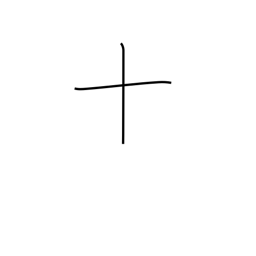
Meaning: ten